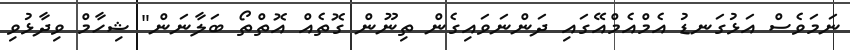
ނަމަވެސް އަޅުގަނޑު އެމްއެމްއޭގައި ދަންނަވައިގެން ތިނޫން ގޮތެއް އޮތްތޯ ބަލާނަން" ޝިހާމް ވިދާޅުވި